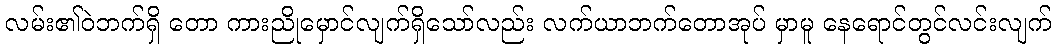
လမ်း၏ဝဲဘက်ရှိ တော ကားညိုမှောင်လျက်ရှိသော်လည်း လက်ယာဘက်တောအုပ် မှာမူ နေရောင်တွင်လင်းလျက်